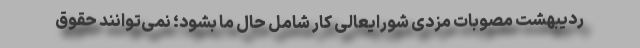
ردیبهشت مصوبات مزدی شورایعالی کار شامل حال ما بشود؛ نمی‌توانند حقوق